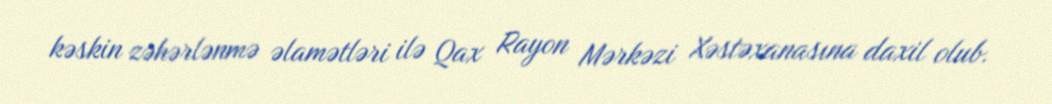
kəskin zəhərlənmə əlamətləri ilə Qax Rayon Mərkəzi Xəstəxanasına daxil olub.